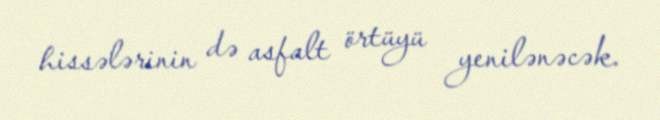
hissələrinin də asfalt örtüyü yenilənəcək.